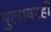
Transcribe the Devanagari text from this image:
पुलावरही